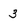
Character: 3